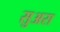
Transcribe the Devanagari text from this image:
सुअरा